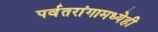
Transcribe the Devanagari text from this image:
पर्वतरांगामध्येही